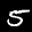
Label: 5